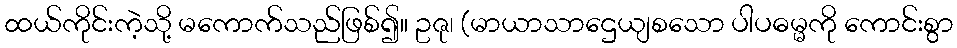
ထယ်ကိုင်းကဲ့သို့ မကောက်သည်ဖြစ်၍။ ဥဇု၊ (မာယာသာဌေယျစသော ပါပဓမ္မကို ကောင်းစွာ